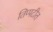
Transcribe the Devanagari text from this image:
तिप्पटीत